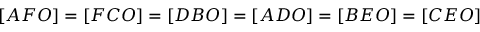
[ A F O ] = [ F C O ] = [ D B O ] = [ A D O ] = [ B E O ] = [ C E O ]